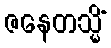
ဇနေတသ္မိံ